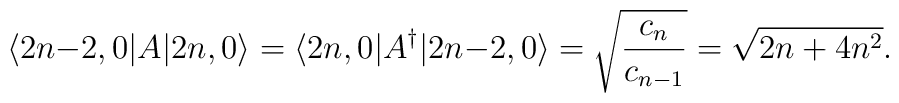
\langle 2n{-}2,0|A|2n,0\rangle = \langle 2n,0|A^\dagger|2n{-}2,0\rangle  = \sqrt{c_n\over c_{n-1}} = \sqrt{2n+4n^2}.